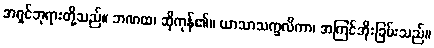
အရှင်ဘုရားတို့သည်။ ဘဏထ၊ ဆိုကုန်၏။ ယာသာသက္ခလိကာ၊ အကြင်အိုးခြမ်းသည်။